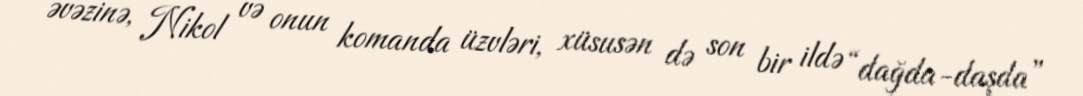
əvəzinə, Nikol və onun komanda üzvləri, xüsusən də son bir ildə “dağda-daşda”